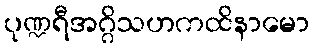
ပုဏ္ဍရီအဂ္ဂိသဟကထိနာမော